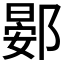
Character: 𫑦